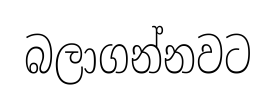
බලාගන්නවට